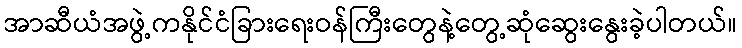
အာဆီယံအဖွဲ့ကနိုင်ငံခြားရေးဝန်ကြီးတွေနဲ့တွေ့ဆုံဆွေးနွေးခဲ့ပါတယ်။